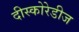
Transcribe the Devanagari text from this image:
दीस्कोरेडीज